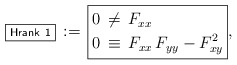
\begin{align*}\boxed{\scriptstyle\sf Hrank~1}\,:=\,\boxed{\aligned0&\,\neq\,F_{xx}\\0&\,\equiv\,F_{xx}\,F_{yy}-F_{xy}^2\endaligned},\end{align*}